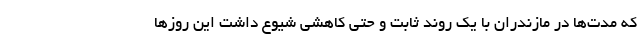
که مدت‌ها در مازندران با یک روند ثابت و حتی کاهشی شیوع داشت این روزها